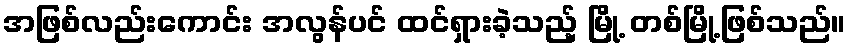
အဖြစ်လည်းကောင်း အလွန်ပင် ထင်ရှားခဲ့သည့် မြို့ တစ်မြို့ဖြစ်သည်။